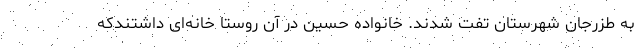
به طزرجان شهرستان تفت شدند. خانواده حسین در آن روستا خانه‌ای داشتندکه